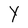
Character: Y